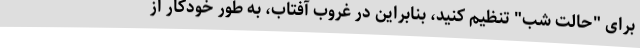
برای "حالت شب" تنظیم کنید، بنابراین در غروب آفتاب، به طور خودکار از